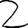
Digit: 2